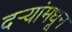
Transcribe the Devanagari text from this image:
दऱ्यांमधून